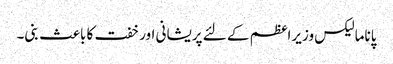
پاناما لیکس وزیراعظم کے لئے پریشانی اور خفت کا باعث بنی۔